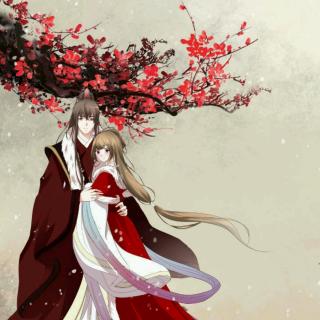
相思一夜窗前梦，奈个人水隔天遮。